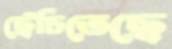
ছেঁচিতেছে